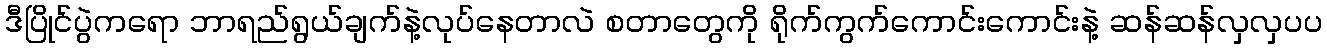
ဒီပြိုင်ပွဲကရော ဘာရည်ရွယ်ချက်နဲ့လုပ်နေတာလဲ စတာတွေကို ရိုက်ကွက်ကောင်းကောင်းနဲ့ ဆန်ဆန်လှလှပပ